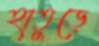
হাতুড়ে